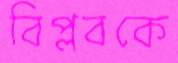
বিপ্লবকে